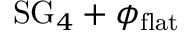
\mathrm { S G } _ { 4 } + \phi _ { \mathrm { f l a t } }